Report of the veterinary officer investigating camel disease
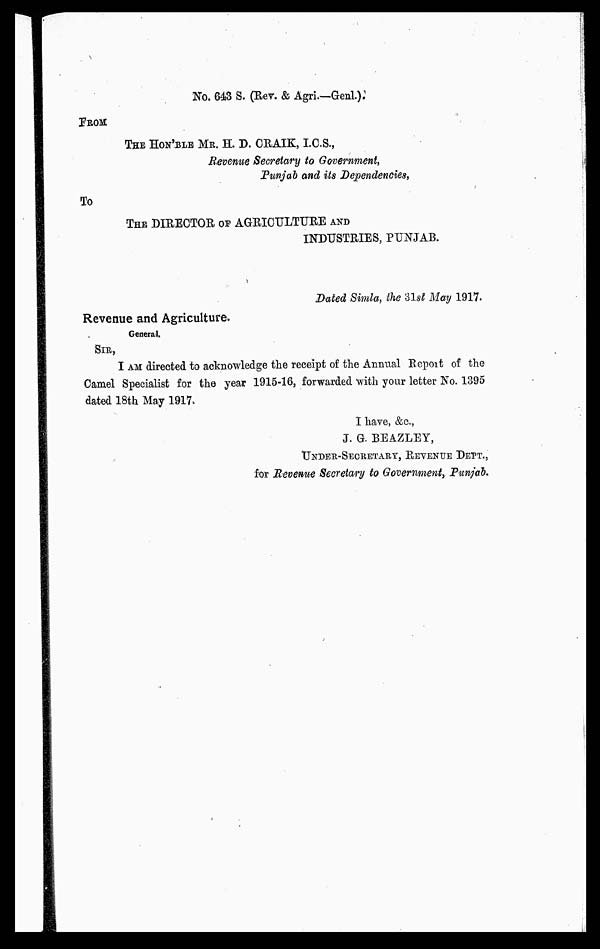
No. 643 S. (Rev. & Agri.—Genl.).
FROM
THE HON'BLE MR. H. D. CRAIK, I.C.S.,
Revenue Secretary to Government,
Punjab and its Dependencies,
To
THE DIRECTOR OF AGRICULTURE AND
INDUSTRIES, PUNJAB.
Dated Simla, the 3lst May 1917.
Revenue and Agriculture.
General.
SIR,
I AM directed to acknowledge the receipt of the Annual Report of the
Camel Specialist for the year 1915-16, forwarded with your letter No. 1395
dated 18th May 1917.
I have, &c.,
J. G. BEAZLEY,
UNDER-SECRETARY, REVENUE DEPT.,
for Revenue Secretary to Government, Punjab.